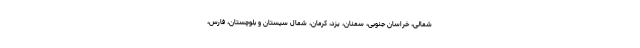
شمالی، خراسان جنوبی، سمنان، یزد، کرمان، شمال سیستان و بلوچستان، فارس،